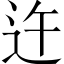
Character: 迕